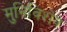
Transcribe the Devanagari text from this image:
मुनिविशेष